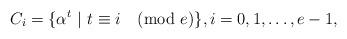
LaTeX: \begin{align*}C_i = \{ \alpha^{t}\ | \ t \equiv i \pmod e \}, i = 0, 1, \dots, e-1,\end{align*}